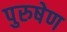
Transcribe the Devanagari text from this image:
पुरुषेण